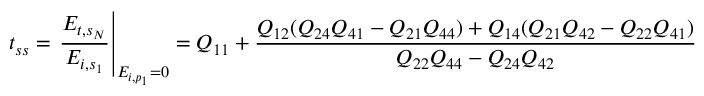
t _ { s s } = \left. \frac { E _ { t , s _ { N } } } { E _ { i , s _ { 1 } } } \right\vert _ { E _ { i , p _ { 1 } } = 0 } = Q _ { 1 1 } + \frac { Q _ { 1 2 } ( Q _ { 2 4 } Q _ { 4 1 } - Q _ { 2 1 } Q _ { 4 4 } ) + Q _ { 1 4 } ( Q _ { 2 1 } Q _ { 4 2 } - Q _ { 2 2 } Q _ { 4 1 } ) } { Q _ { 2 2 } Q _ { 4 4 } - Q _ { 2 4 } Q _ { 4 2 } }